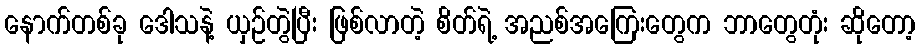
နောက်တစ်ခု ဒေါသနဲ့ ယှဉ်တွဲပြီး ဖြစ်လာတဲ့ စိတ်ရဲ့ အညစ်အကြေးတွေက ဘာတွေတုံး ဆိုတော့